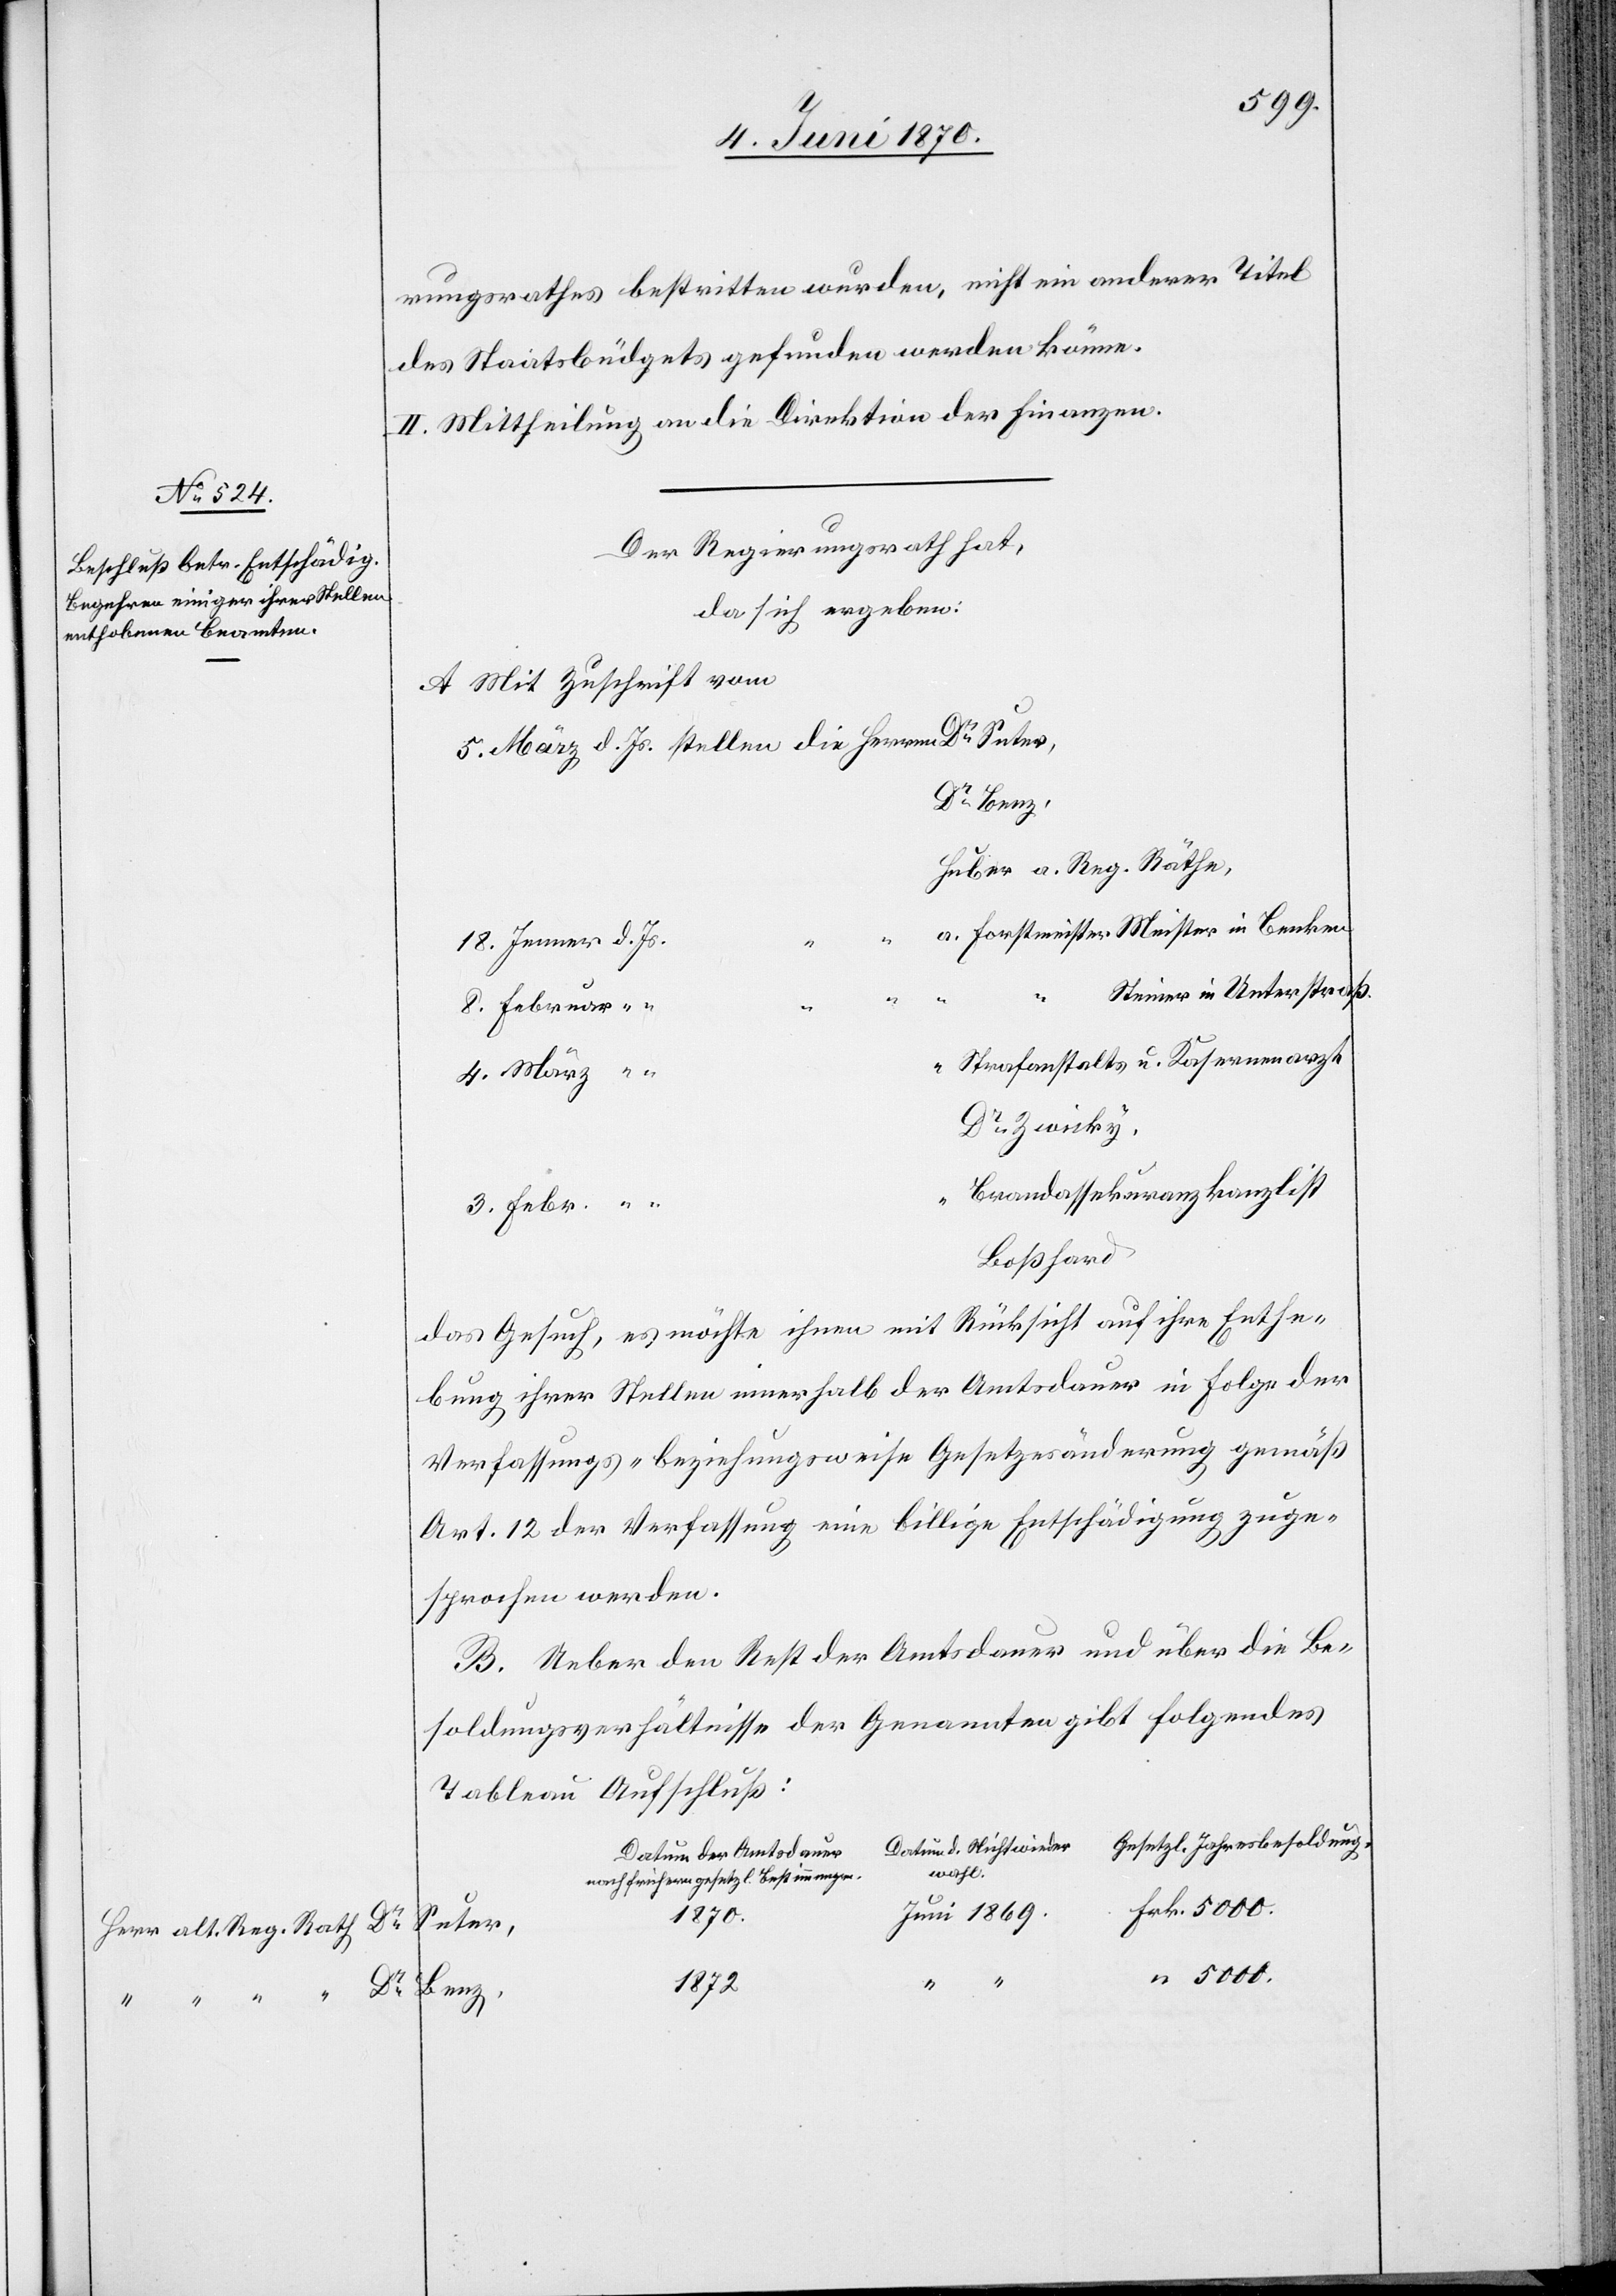
18.

1869.
rungsrathes bestritten wurden, nicht ein anderer Titel
des Staatsbüdgets gefunden werden könne.
II. Mittheilung an die Direktion der Finanzen.
Der Regierungsrath hat,
da sich ergeben:
A. Mit Zuschrift vom
Dr Benz,
Huber[,] a. Reg. Räthe,
a. Forstmeister Meister in Benken
Steiner in Unterstraß
4.
8. Februar
“ Strafanstalts[-] u. Kasernenarzt
Dr Zwicky,
Brandassekuranzkanzlist
3. Febr.
Boßhard
das Gesuch, es möchte ihnen mit Rücksicht auf ihre Enthe¬
bung ihrer Stellen innerhalb der Amtsdauer in Folge der
Verfassungs- beziehungsweise Gesetzesänderung gemäß
Art. 12 der Verfassung eine billige Entschädigung zuge¬
sprochen werden.
B. Ueber den Rest der Amtsdauer und über die Be¬
soldungsverhältnisse der Genannten gibt folgendes
Tableau Aufschluß:
Gesetzl. Jahresbesoldung.
Datum d. Nichtwieder-
“
Datum der Amtsdauer
wahl.
nach frühern gesetzl. Bestimmungen.
1870.
Suter,
1872